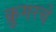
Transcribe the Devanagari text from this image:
क्रुगरचे